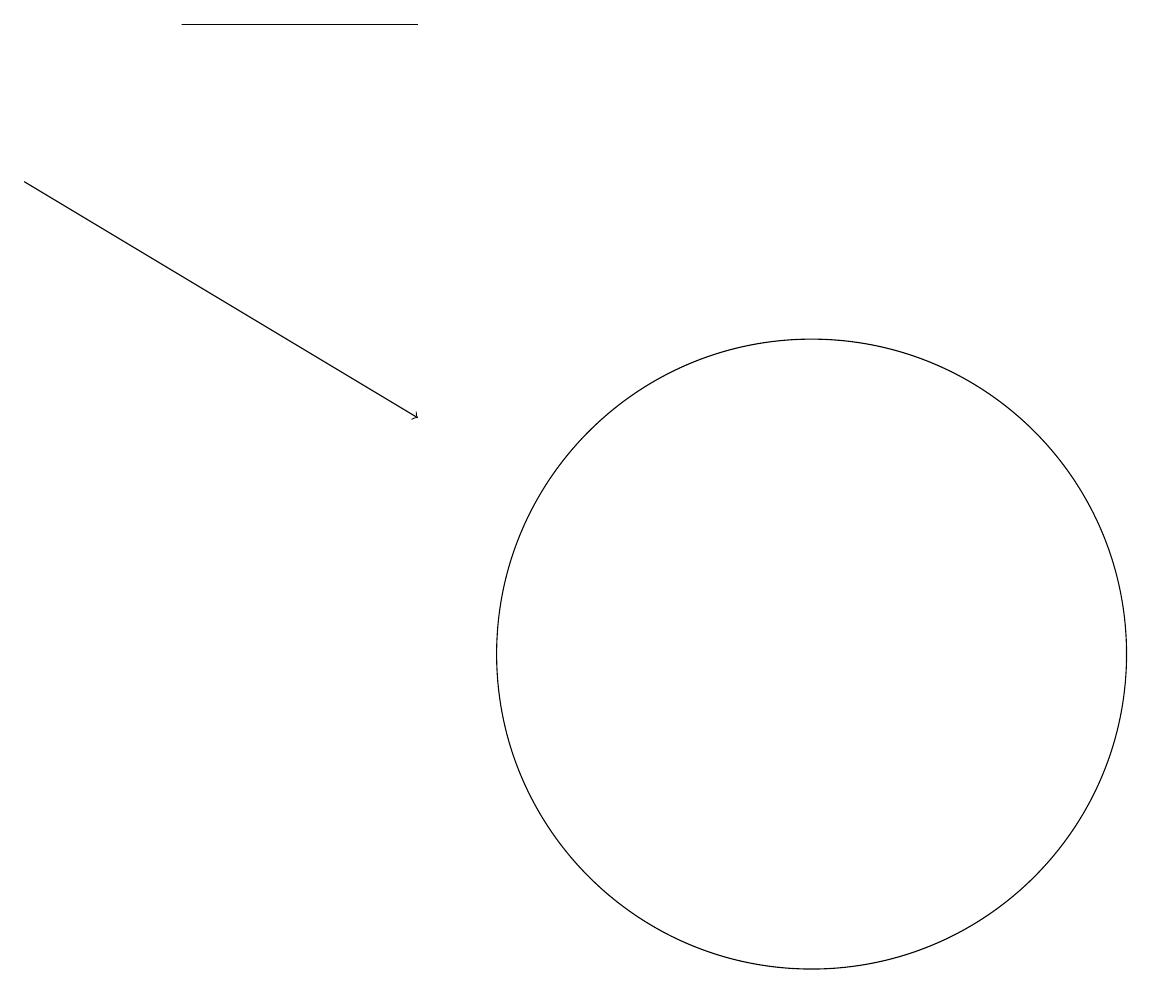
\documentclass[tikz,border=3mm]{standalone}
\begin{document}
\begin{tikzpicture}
\draw (3,18) rectangle (6,18);
\draw[->] (1,16) -- (6,13);
\draw (11,10) circle (4);
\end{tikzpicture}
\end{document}